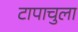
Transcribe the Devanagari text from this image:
टापाचुला